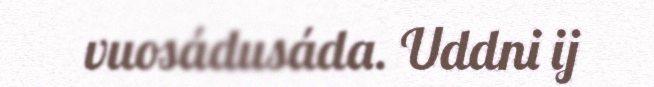
vuosádusáda. Uddni ij